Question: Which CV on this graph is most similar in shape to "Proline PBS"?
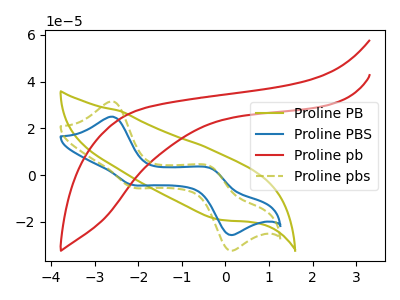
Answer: <think>The olive curve "Proline PB" has no peaks. The blue curve "Proline PBS" has anodic peaks at (-2.60V, 25.00uA) (-0.30V, 2.85uA) and cathodic peaks at (-2.15V, -4.05uA) (0.05V, -25.40uA). The red curve "Proline pb" has no peaks. The olive dashed curve "Proline pbs" has anodic peaks at (-2.60V, 31.55uA) (-0.30V, 3.60uA) and cathodic peaks at (-2.15V, -5.10uA) (0.05V, -32.05uA).
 "Proline PB" and "Proline PBS" have a different number of peaks. Neither "Proline PB" or "Proline pb" have any peaks. "Proline PB" and "Proline pbs" have a different number of peaks. "Proline PBS" and "Proline pb" have a different number of peaks. All the peaks in "Proline PBS" have a peak in "Proline pbs" at the same potential. Every peak in "Proline PBS" is lower than every peak in "Proline pbs". "Proline pb" and "Proline pbs" have a different number of peaks.</think>
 <answer>The CV with the most similar shape to "Proline pbs" is "Proline PBS".</answer>
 <eval>"Proline PBS"</eval>